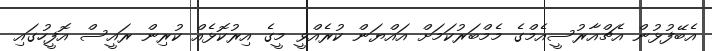
އެބޭފުޅުން އެޗްއާރުސީއެމްގެ މެމްބަރުކަމަށް އައްޔަން ކުރެއްވީ މީގެ އިރުކޮޅެއް ކުރިން ރައީސް އޮފީހުގައި